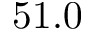
5 1 . 0